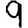
Digit: 9